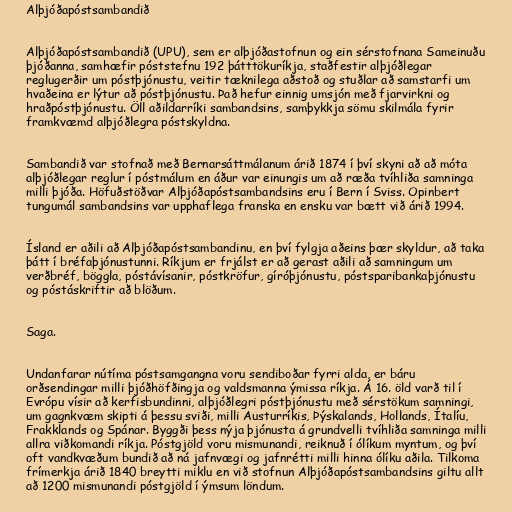
Alþjóðapóstsambandið

Alþjóðapóstsambandið (UPU), sem er alþjóðastofnun og ein sérstofnana Sameinuðu
þjóðanna, samhæfir póststefnu 192 þátttökuríkja, staðfestir alþjóðlegar
reglugerðir um póstþjónustu, veitir tæknilega aðstoð og stuðlar að samstarfi um
hvaðeina er lýtur að póstþjónustu. Það hefur einnig umsjón með fjarvirkni og
hraðpóstþjónustu. Öll aðildarríki sambandsins, samþykkja sömu skilmála fyrir
framkvæmd alþjóðlegra póstskyldna.

Sambandið var stofnað með Bernarsáttmálanum árið 1874 í því skyni að að móta
alþjóðlegar reglur í póstmálum en áður var einungis um að ræða tvíhliða samninga
milli þjóða. Höfuðstöðvar Alþjóðapóstsambandsins eru í Bern í Sviss. Opinbert
tungumál sambandsins var upphaflega franska en ensku var bætt við árið 1994.

Ísland er aðili að Alþjóðapóstsambandinu, en því fylgja aðeins þær skyldur, að taka
þátt í bréfaþjónustunni. Ríkjum er frjálst er að gerast aðili að samningum um
verðbréf, böggla, póstávísanir, póstkröfur, gíróþjónustu, póstsparibankaþjónustu
og póstáskriftir að blöðum.

Saga.

Undanfarar nútíma póstsamgangna voru sendiboðar fyrri alda, er báru
orðsendingar milli þjóðhöfðingja og valdsmanna ýmissa ríkja. Á 16. öld varð til í
Evrópu vísir að kerfisbundinni, alþjóðlegri póstþjónustu með sérstökum samningi,
um gagnkvæm skipti á þessu sviði, milli Austurríkis, Þýskalands, Hollands, Ítalíu,
Frakklands og Spánar. Byggði þess nýja þjónusta á grundvelli tvíhliða samninga milli
allra viðkomandi ríkja. Póstgjöld voru mismunandi, reiknuð í ólíkum myntum, og því
oft vandkvæðum bundið að ná jafnvægi og jafnrétti milli hinna ólíku aðila. Tilkoma
frímerkja árið 1840 breytti miklu en við stofnun Alþjóðapóstsambandsins giltu allt
að 1200 mismunandi póstgjöld í ýmsum löndum.